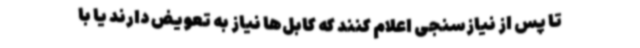
تا پس از نیازسنجی اعلام کنند که کابل‌ها نیاز به تعویض دارند یا با